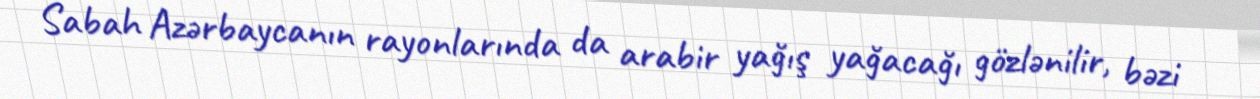
Sabah Azərbaycanın rayonlarında da arabir yağış yağacağı gözlənilir, bəzi